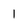
Character: l